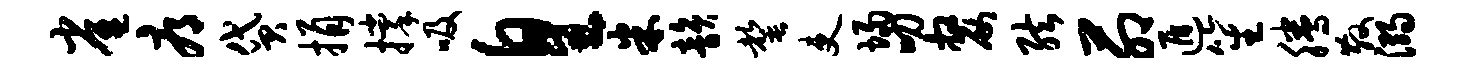
雀辱贷捐撑吸皇米韵罄吏埽叨嫠弦茆遁笙腾散溺